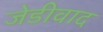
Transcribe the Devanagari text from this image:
जेडीवाद